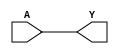
// This program was cloned from: https://github.com/jrpompio/Circuitos-Digitales-II
// License: MIT License

module BUF(A, Y);
  input A;
  output Y;
  assign Y = A;
endmodule

module NOT(A, Y);
  input A;
  output Y;
  assign Y = ~A;
endmodule

module NAND(A, B, Y);
  input A, B;
  output Y;
  assign Y = ~(A & B);
endmodule

module NOR(A, B, Y);
  input A, B;
  output Y;
  assign Y = ~(A | B);
endmodule

module DFF(C, D, Q);
  input C, D; 
  output reg Q;
  always @(posedge C) Q <= D;
endmodule